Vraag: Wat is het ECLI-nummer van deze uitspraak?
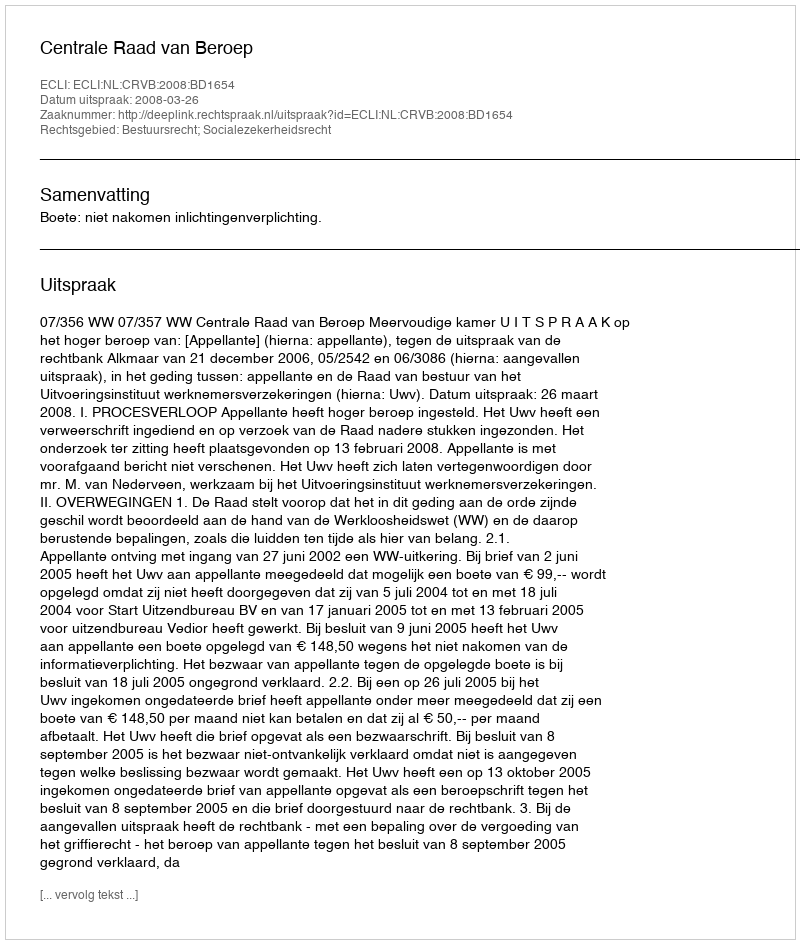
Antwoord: ECLI:NL:CRVB:2008:BD1654